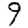
Digit: 9